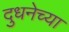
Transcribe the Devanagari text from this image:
दुधनेच्या